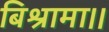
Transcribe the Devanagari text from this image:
बिश्रामा।।